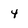
Character: 4